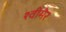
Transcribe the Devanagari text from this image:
श्वीमेर